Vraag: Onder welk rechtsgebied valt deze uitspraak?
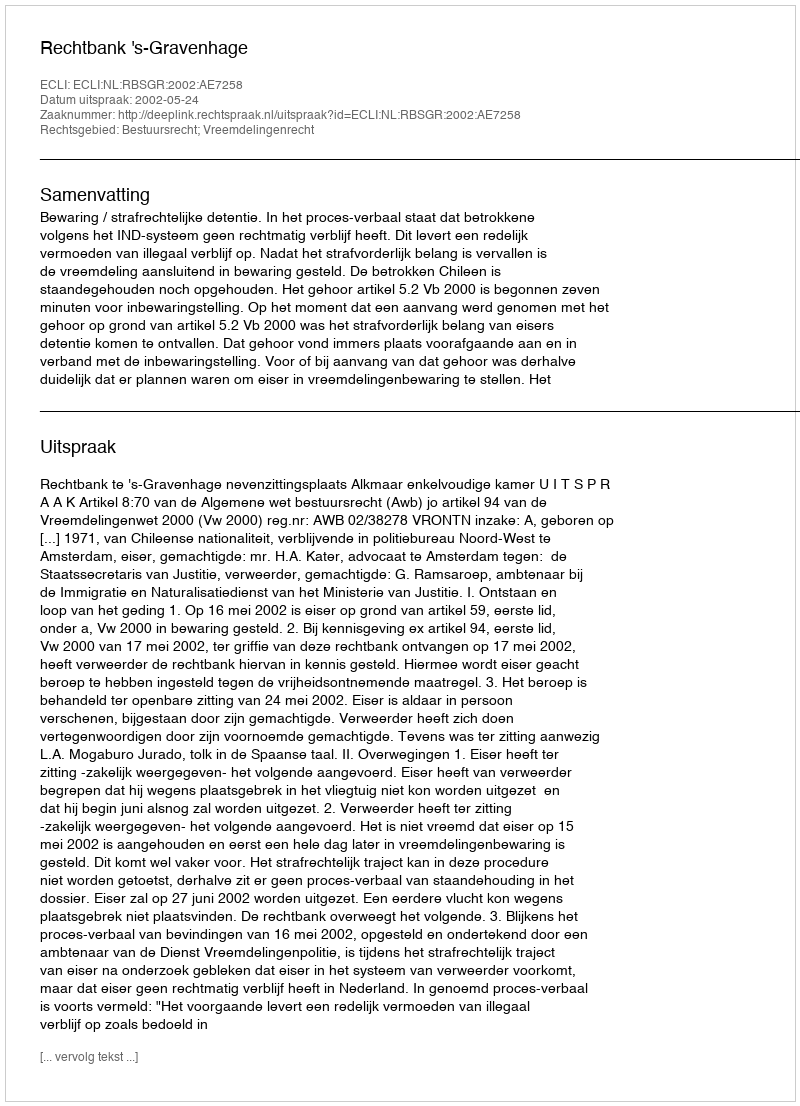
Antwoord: Bestuursrecht; Vreemdelingenrecht